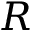
R